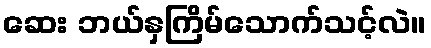
ဆေး ဘယ်နှကြိမ်သောက်သင့်လဲ။